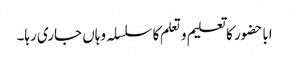
اباحضور کا تعلیم و تعلم کا سلسلہ وہاں جاری رہا۔